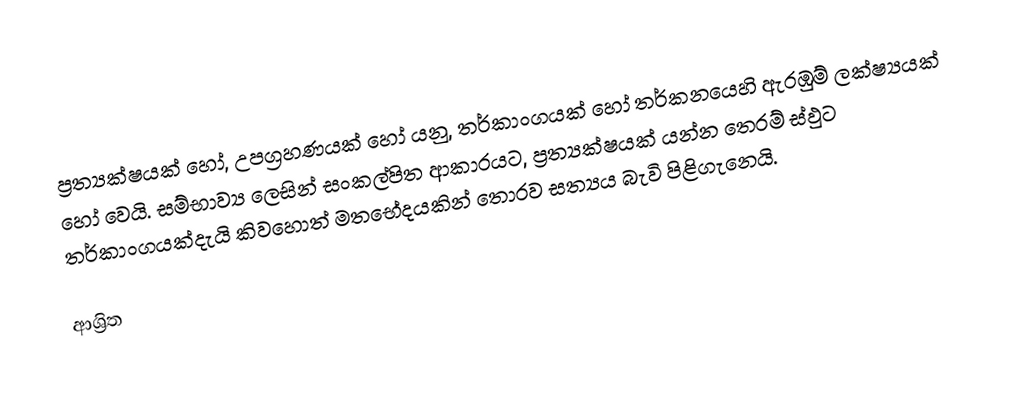
ප්‍රත්‍යක්ෂයක් හෝ, උපග්‍රහණයක් හෝ යනු, තර්කාංගයක් හෝ තර්කනයෙහි ඇරඹුම් ලක්ෂ්‍යයක් හෝ වෙයි. සම්භාව්‍ය ලෙසින් සංකල්පිත ආකාරයට, ප්‍රත්‍යක්ෂයක් යන්න  තෙරම්  ස්ඵුට තර්කාංගයක්දැයි කිවහොත් මතභේදයකින් තොරව සත්‍යය බැවි පිළිගැනෙයි.

ආශ්‍රිත